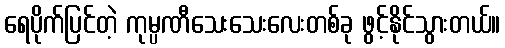
ရေပိုက်ပြင်တဲ့ ကုမ္ပဏီသေးသေးလေးတစ်ခု ဖွင့်နိုင်သွားတယ်။